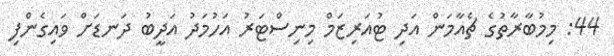
44: މިމުބާރާތުގެ ޗެއާމަން އަދި ޓުއަރިޒަމް މިނިސްޓަރު އަހުމަދު އަދީބު ދަނޑަށް ވައިގެންފި